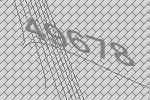
49678